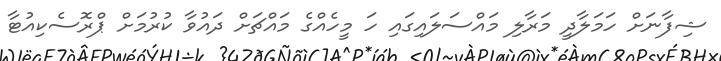
ޝިފާނަށް ހަމަލާދީ މަރާލި މައްސަލައިގައި ހަ މީހެއްގެ މައްޗަށް ދައުވާ ކުރުމަށް ޕްރޮސެކިއުޓާ